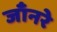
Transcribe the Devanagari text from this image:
जाँनरे